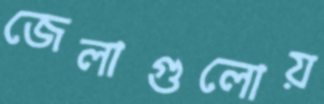
জেলাগুলোয়